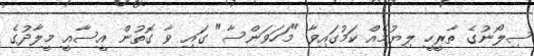
ސިލޯނުގެ ތާރީހީ ލިޔުމެއް ކަމުގައިވާ "މަހަވަންސާ" ގައި ވާ ގޮތުން އީސާއީ މީލާދުގެ